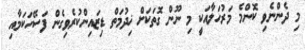
މި ދެންނެވި ކޮންމެ މަރުހަލާއަކީ މި ނޫން ގޮތަކަށް ޚިދުމަތް ޑިޒައިންކުރެވިގެން ފަސޭހަކަމާއި